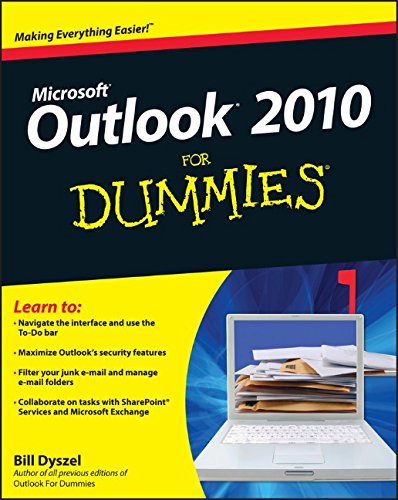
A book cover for Outlook 2010 For Dummies; Bill Dyszel; Computers & Technology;